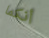
أنكما